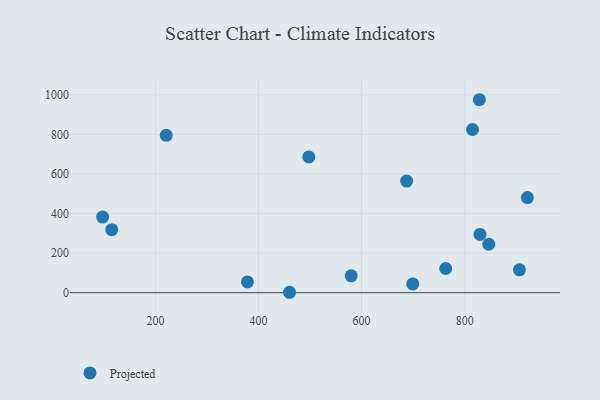
{"axis": {"x": "Experience", "y": "Demand"}, "legend": ["Projected"], "data": [{"x": "763.2", "y": 122.3, "type": "Projected"}, {"x": "460.1", "y": 2.1, "type": "Projected"}, {"x": "220.9", "y": 795.4, "type": "Projected"}, {"x": "699.2", "y": 44.3, "type": "Projected"}, {"x": "687.3", "y": 564.0, "type": "Projected"}, {"x": "815.2", "y": 824.7, "type": "Projected"}, {"x": "846.7", "y": 244.8, "type": "Projected"}, {"x": "97.5", "y": 382.3, "type": "Projected"}, {"x": "906.2", "y": 115.8, "type": "Projected"}, {"x": "497.6", "y": 686.2, "type": "Projected"}, {"x": "921.6", "y": 480.8, "type": "Projected"}, {"x": "378.5", "y": 54.3, "type": "Projected"}, {"x": "115.2", "y": 318.5, "type": "Projected"}, {"x": "829.7", "y": 294.7, "type": "Projected"}, {"x": "828.4", "y": 975.2, "type": "Projected"}, {"x": "579.8", "y": 85.1, "type": "Projected"}]}